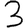
Digit: 3